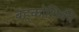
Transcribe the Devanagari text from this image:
बहुकोशिकी